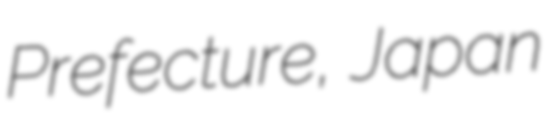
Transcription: Prefecture, Japan